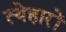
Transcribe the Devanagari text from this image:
त्येहारों